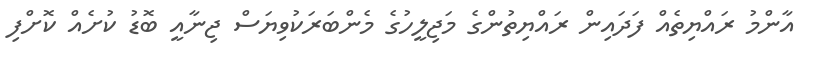
އާންމު ރައްޔިތެއް ފަދައިން ރައްޔިތުންގެ މަޖިލީހުގެ މެންބަރަކުވިޔަސް ޖިނާއީ ބޮޑު ކުށެއް ކޮށްފި